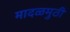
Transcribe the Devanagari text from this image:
मादळमुठी